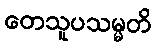
တေသူပသမ္မတိ